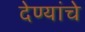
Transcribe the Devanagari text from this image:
देण्यांचे